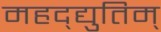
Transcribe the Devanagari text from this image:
महद्‌द्युतिम्